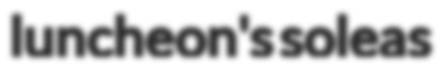
luncheon's soleas